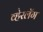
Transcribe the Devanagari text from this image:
व्हेरलॅग